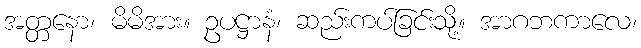
အတ္တနော၊ မိမိအား။ ဥပဋ္ဌာနံ၊ ဆည်းကပ်ခြင်းသို့။ အာဂဘကာလေ၊